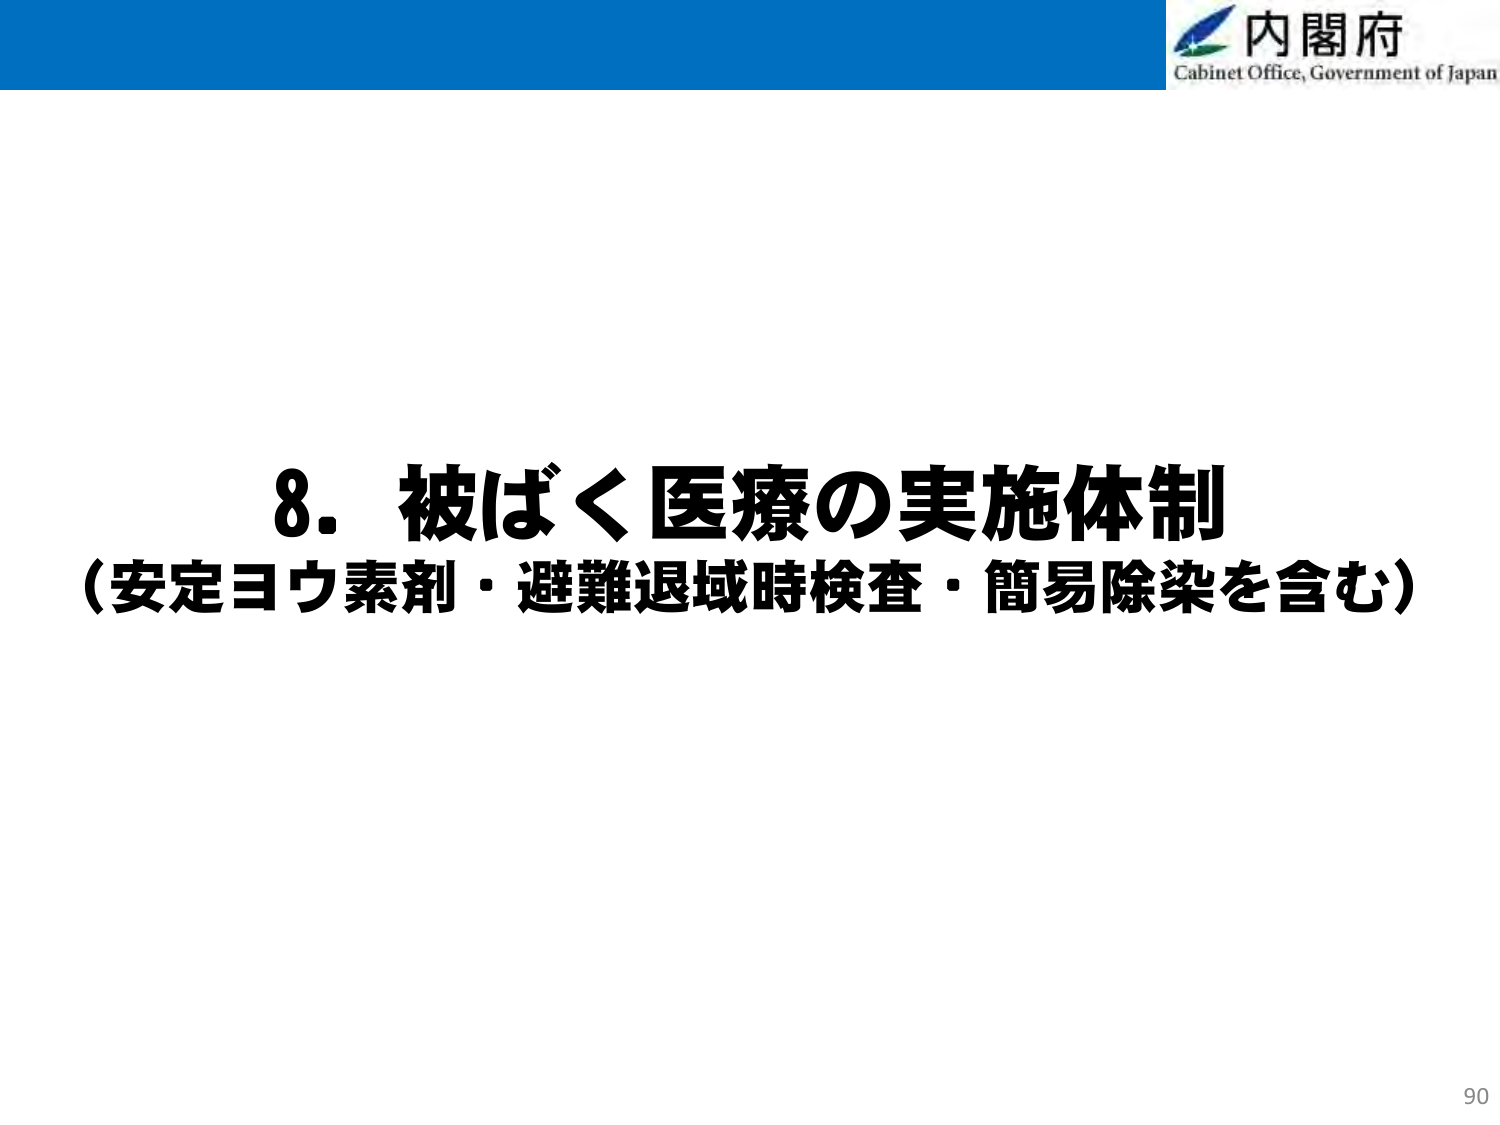
内閣府
Cabinet Office, Government of Japan

8. 被ばく医療の実施体制
（安定ヨウ素剤・避難退域時検査・簡易除染を含む）

90